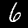
Digit: 6